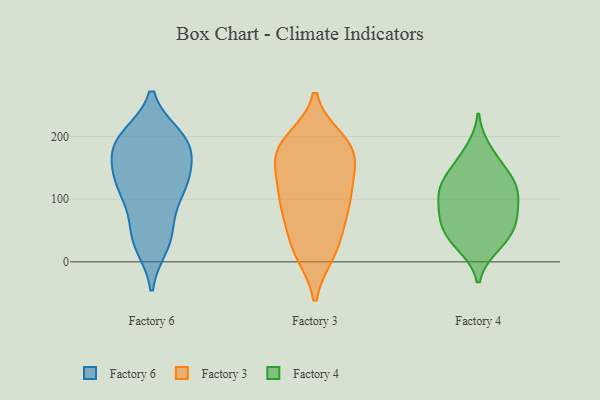
{"axis": {"x": "Demand Index", "y": "Value"}, "legend": ["Factory 3", "Factory 4", "Factory 6"], "data": [{"x": "", "y": 199, "type": "Factory 6"}, {"x": "", "y": 120, "type": "Factory 6"}, {"x": "", "y": 146, "type": "Factory 6"}, {"x": "", "y": 190, "type": "Factory 6"}, {"x": "", "y": 172, "type": "Factory 6"}, {"x": "", "y": 46, "type": "Factory 6"}, {"x": "", "y": 26, "type": "Factory 6"}, {"x": "", "y": 180, "type": "Factory 6"}, {"x": "", "y": 29, "type": "Factory 6"}, {"x": "", "y": 137, "type": "Factory 6"}, {"x": "", "y": 111, "type": "Factory 6"}, {"x": "", "y": 188, "type": "Factory 6"}, {"x": "", "y": 52, "type": "Factory 6"}, {"x": "", "y": 122, "type": "Factory 6"}, {"x": "", "y": 199, "type": "Factory 6"}, {"x": "", "y": 133, "type": "Factory 6"}, {"x": "", "y": 200, "type": "Factory 6"}, {"x": "", "y": 93, "type": "Factory 6"}, {"x": "", "y": 20, "type": "Factory 3"}, {"x": "", "y": 101, "type": "Factory 3"}, {"x": "", "y": 182, "type": "Factory 3"}, {"x": "", "y": 184, "type": "Factory 3"}, {"x": "", "y": 20, "type": "Factory 3"}, {"x": "", "y": 106, "type": "Factory 3"}, {"x": "", "y": 15, "type": "Factory 3"}, {"x": "", "y": 128, "type": "Factory 3"}, {"x": "", "y": 93, "type": "Factory 3"}, {"x": "", "y": 72, "type": "Factory 3"}, {"x": "", "y": 173, "type": "Factory 3"}, {"x": "", "y": 134, "type": "Factory 3"}, {"x": "", "y": 64, "type": "Factory 3"}, {"x": "", "y": 175, "type": "Factory 3"}, {"x": "", "y": 193, "type": "Factory 3"}, {"x": "", "y": 172, "type": "Factory 3"}, {"x": "", "y": 112, "type": "Factory 4"}, {"x": "", "y": 68, "type": "Factory 4"}, {"x": "", "y": 179, "type": "Factory 4"}, {"x": "", "y": 66, "type": "Factory 4"}, {"x": "", "y": 58, "type": "Factory 4"}, {"x": "", "y": 43, "type": "Factory 4"}, {"x": "", "y": 102, "type": "Factory 4"}, {"x": "", "y": 116, "type": "Factory 4"}, {"x": "", "y": 140, "type": "Factory 4"}, {"x": "", "y": 130, "type": "Factory 4"}, {"x": "", "y": 25, "type": "Factory 4"}, {"x": "", "y": 28, "type": "Factory 4"}, {"x": "", "y": 109, "type": "Factory 4"}, {"x": "", "y": 157, "type": "Factory 4"}, {"x": "", "y": 76, "type": "Factory 4"}]}